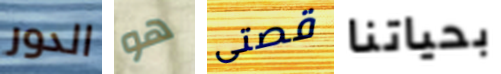
الدور هو قصتى بحياتنا